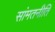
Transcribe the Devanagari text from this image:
सांमतनीति